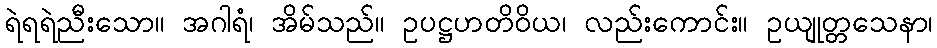
ရဲရရဲညီးသော။ အဂါရံ၊ အိမ်သည်။ ဥပဋ္ဌဟတိဝိယ၊ လည်းကောင်း။ ဥယျုတ္တသေနာ၊